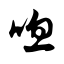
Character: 唿